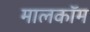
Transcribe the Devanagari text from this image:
मालकॉम